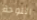
اللوحة